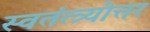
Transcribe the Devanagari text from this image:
स्वतंत्त्र्योत्तर